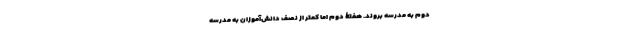
دوم به مدرسه بروند. هفتۀ دوم اما کمتر از نصف دانش‌آموزان به مدرسه